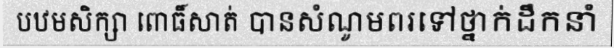
បឋមសិក្សា ពោធិ៍សាត់ បានសំណូមពរទៅថ្នាក់ដឹកនាំ